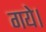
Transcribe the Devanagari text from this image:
गयेे।